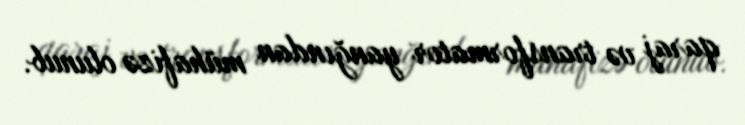
qaraj və transformator yanğından mühafizə olunub.